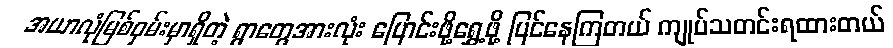
အယာလုံမြစ်ဝှမ်းမှာရှိတဲ့ ရွာတွေအားလုံး ပြောင်းဖို့ရွှေ့ဖို့ ပြင်နေကြတယ် ကျုပ်သတင်းရထားတယ်